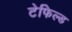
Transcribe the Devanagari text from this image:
टेफिल्ड